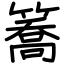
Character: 簥